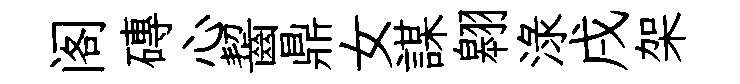
阁磚心齧鼎女謀翱渌戌架